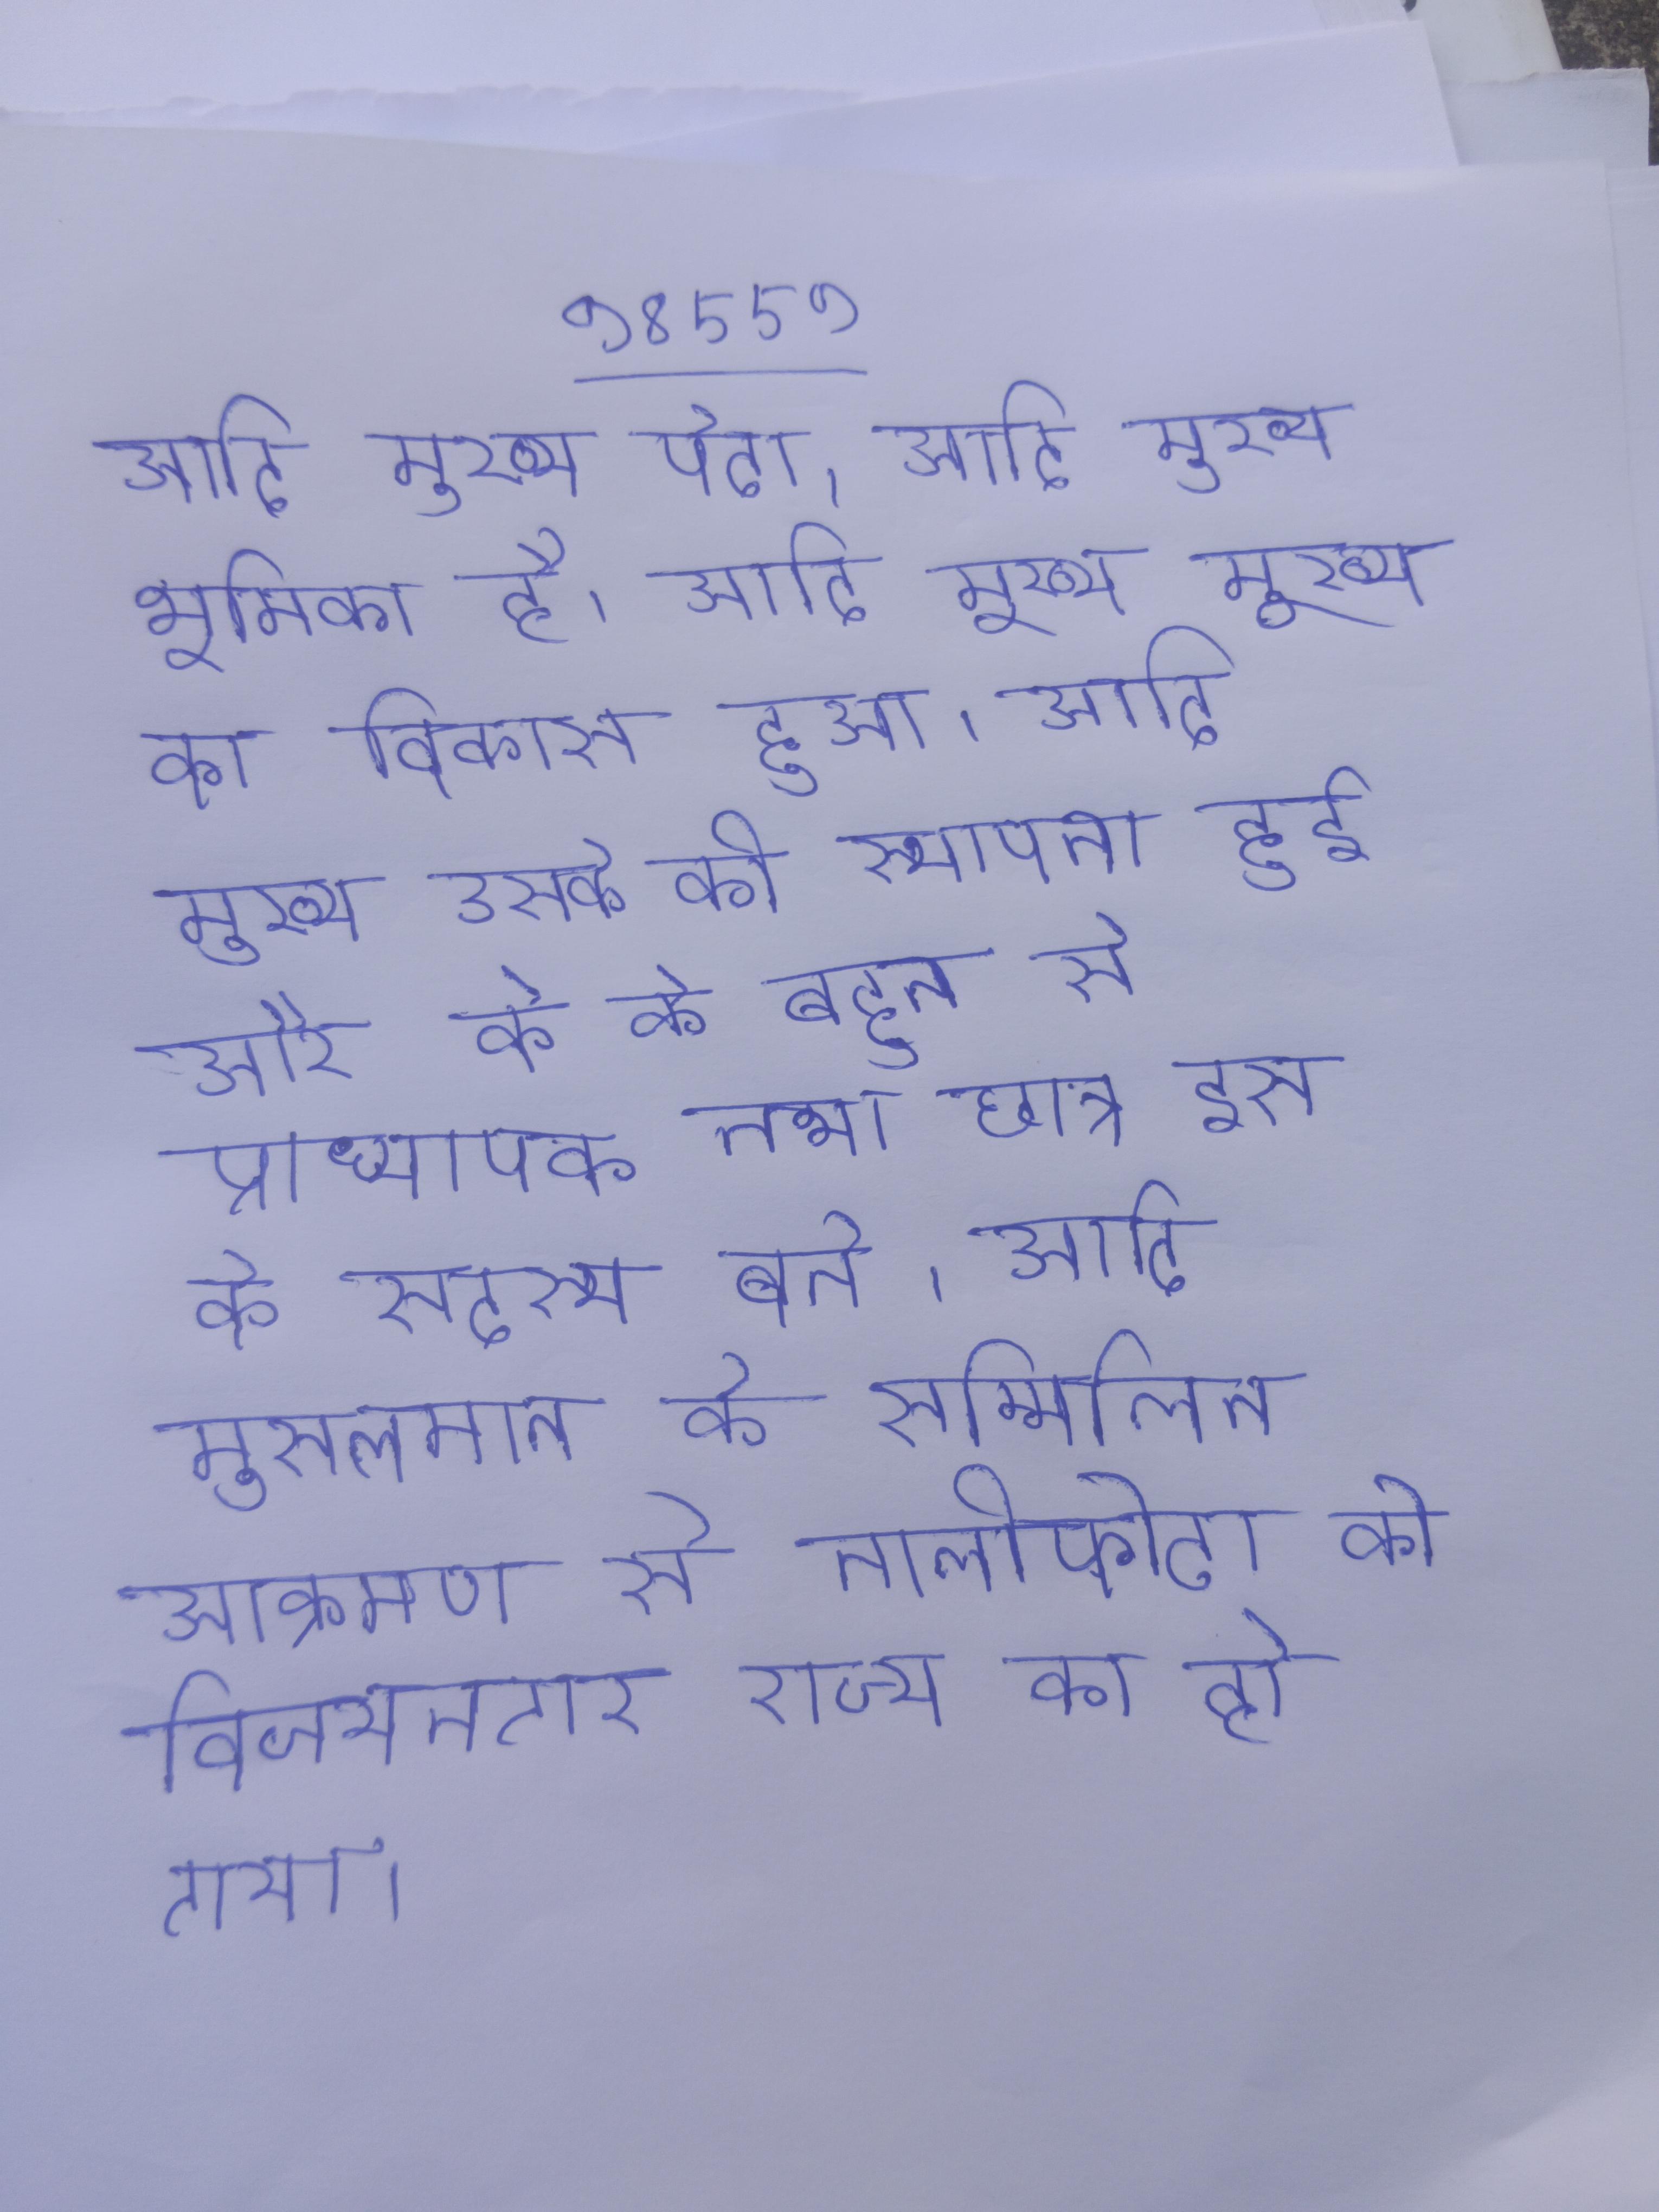
आदि मुख्य पैदा । आदि मुख्य भूमिका है । आदि मुख्य मुख्य का विकास हुआ । आदि मुख्य उसके की स्थापना हुई और के के बहुत से प्राध्यापक तथा छात्र इस के सदस्य बने । आदि मुसलमान के सम्मिलित आक्रमण से तालीफोटा की विजयनगर राज्य का हो गया ।